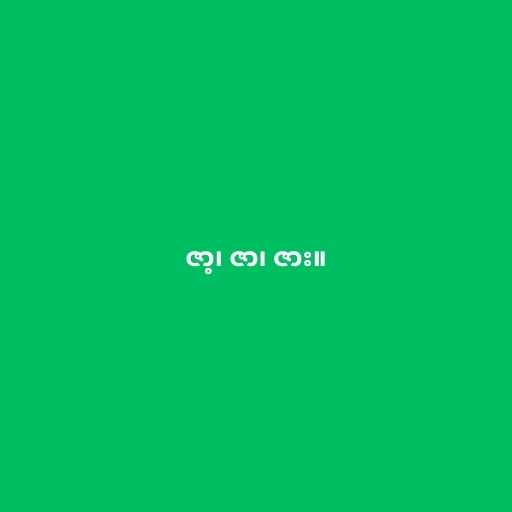
ဇာ့၊ ဇာ၊ ဇား။